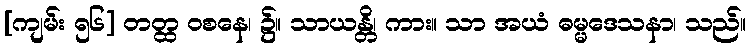
[ကျမ်း ၅၆] တတ္ထ ဝစနေ၊ ၌။ သာယန္တိ၊ ကား။ သာ အယံ ဓမ္မဒေသနာ၊ သည်။